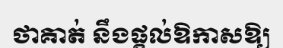
ថាគាត់ នឹងផ្តល់ឱកាសឱ្យ